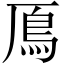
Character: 鳫